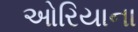
ઓરિયાના